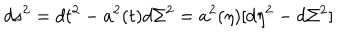
d s ^ { 2 } = d t ^ { 2 } - a ^ { 2 } ( t ) d \Sigma ^ { 2 } = a ^ { 2 } ( \eta ) [ d \eta ^ { 2 } - d \Sigma ^ { 2 } ]